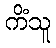
ကိံသူ